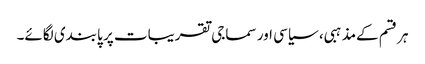
ہر قسم کےمذہبی، سیاسی اور سماجی تقریبات پر پابندی لگائے۔